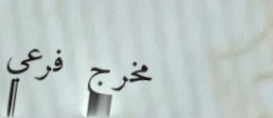
مخرج فرعي